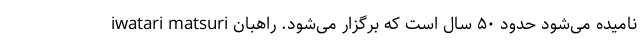
iwatari matsuri نامیده می‌شود حدود ۵۰ سال است که برگزار می‌شود. راهبان